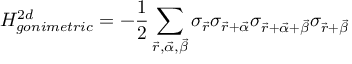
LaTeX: H _ { g o n i m e t r i c } ^ { 2 d } = - \frac { 1 } { 2 } \sum _ { \vec { r } , \vec { \alpha } , \vec { \beta } } \sigma _ { \vec { r } } \sigma _ { \vec { r } + \vec { \alpha } } \sigma _ { \vec { r } + \vec { \alpha } + \vec { \beta } } \sigma _ { \vec { r } + \vec { \beta } }